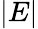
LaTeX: |E|